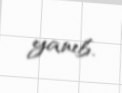
yanıb.